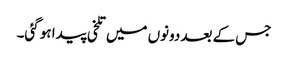
جس کے بعد دونوں میں تلخی پیدا ہو گئی۔